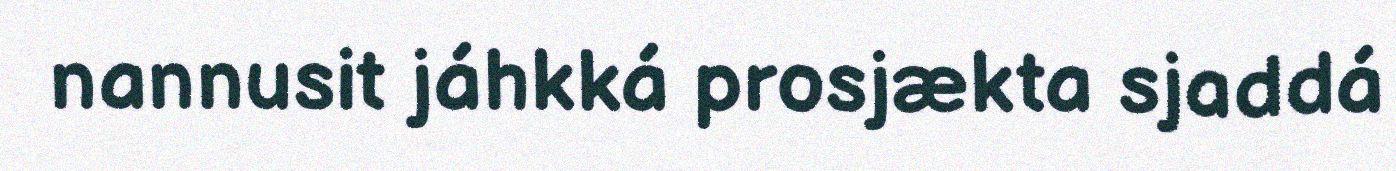
nannusit jáhkká prosjækta sjaddá